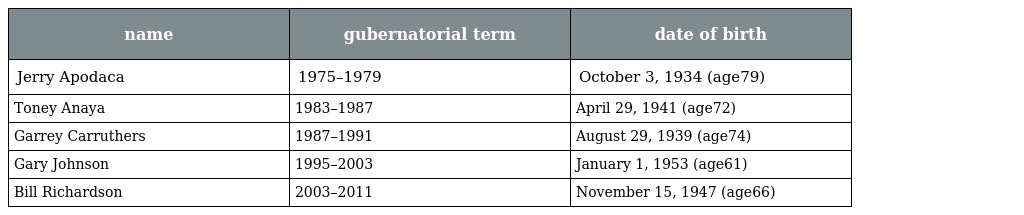
| name | gubernatorial term | date of birth |
 | --- | --- | --- |
 | Jerry Apodaca | 1975–1979 | October 3, 1934 (age79) |
 | Toney Anaya | 1983–1987 | April 29, 1941 (age72) |
 | Garrey Carruthers | 1987–1991 | August 29, 1939 (age74) |
 | Gary Johnson | 1995–2003 | January 1, 1953 (age61) |
 | Bill Richardson | 2003–2011 | November 15, 1947 (age66) |